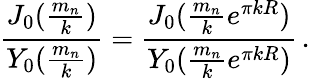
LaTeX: \frac{J_{0}(\frac{m_{n}}{k})}{Y_{0}(\frac{m_{n}}{k})}=\frac{J_{0}(\frac{m_{n}}{k}e^{\pi kR})}{Y_{0}(\frac{m_{n}}{k}e^{\pi kR})}\, .